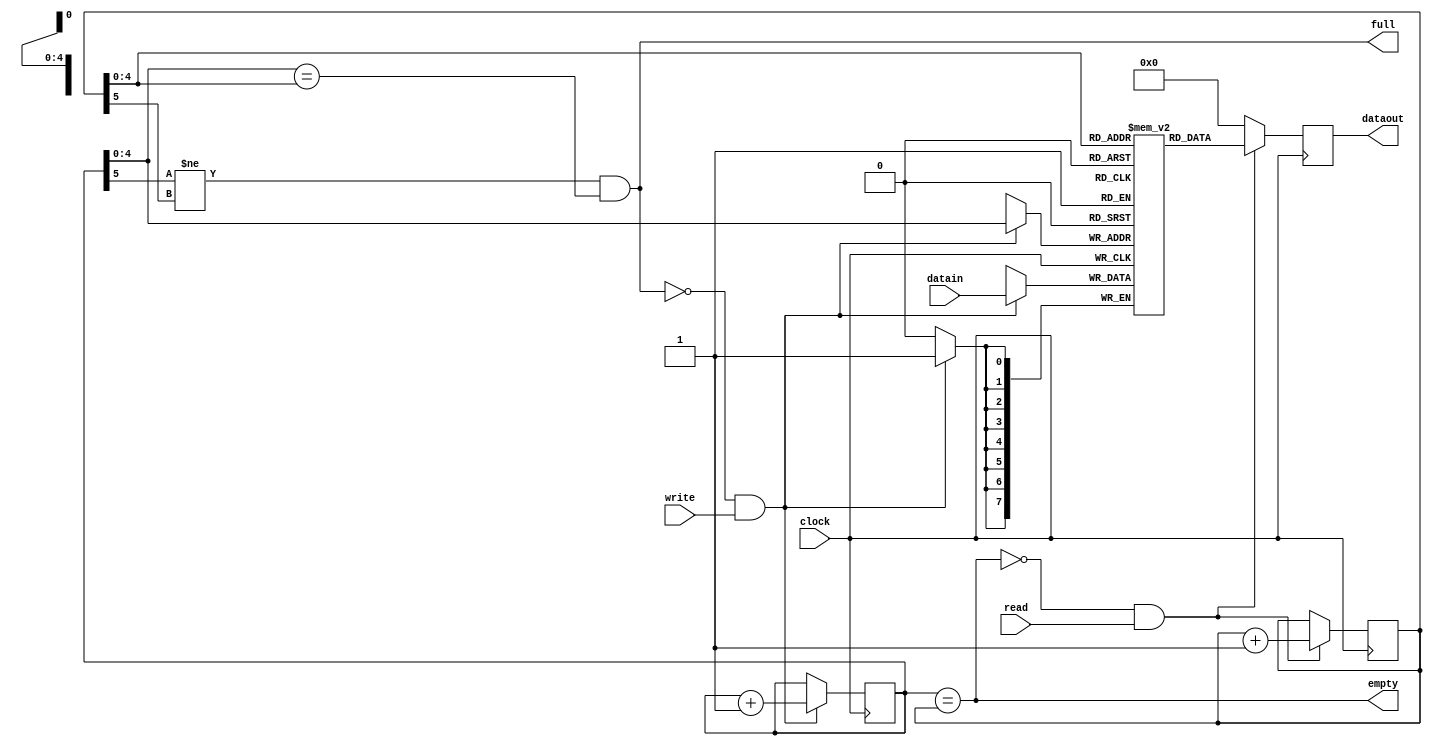
module fifo_32(
	clock,
	write,
	datain,
	read,
	dataout,
	full,
	empty
	);
	
////////////////////////////////////////////////////////////////////////////////
// Port declarations	
	input clock;
	input write, read;
	input [7:0] datain;
	output [7:0] dataout;
	output full, empty;

////////////////////////////////////////////////////////////////////////////////
	
	reg [7:0] buffer [31:0];
	reg [5:0] wPtr, rPtr;
	reg [7:0] dataoutReg;

	wire writeEn, readEn;
	wire [4:0] wAddr, rAddr;
	
	assign dataout = dataoutReg;
	assign rAddr = rPtr[4:0];
	assign wAddr = wPtr[4:0];
	
	////////////////////////////////////////////////////////////////////////////////
	//Description:
	// Buffer is FULL when wPtr and rPtr are in different rounds and they met each other
	// Buffer is EMPTY when wPtr and rPtr are in the same round and they met each other
	assign full = (wPtr[5] != rPtr[5]) && (wAddr == rAddr);
	assign empty = (wPtr == rPtr);
	
	assign writeEn = ~full & write;
	assign readEn = ~empty & read;
	
	always @(posedge clock) begin
		if (writeEn) begin
			buffer[wAddr] <= datain;
			wPtr <= wPtr + 1'b1;
		end
	end
	
	always @(posedge clock) begin
		if (readEn) begin
			dataoutReg <= buffer[rAddr];
			rPtr <= rPtr + 1'b1;
		end
		else dataoutReg <= 8'b0;
	end
	
endmodule